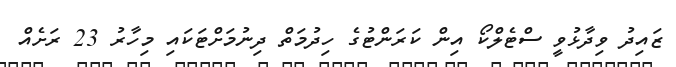
ޒައިދު ވިދާޅުވީ ސްޓެލްކޯ އިން ކަރަންޓުގެ ހިދުމަތް ދިނުމަށްޓަކައި މިހާރު 23 ރަށެއް